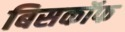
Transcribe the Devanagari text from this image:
बिसकॉफ